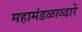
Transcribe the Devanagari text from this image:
महामंडळाव्दारे